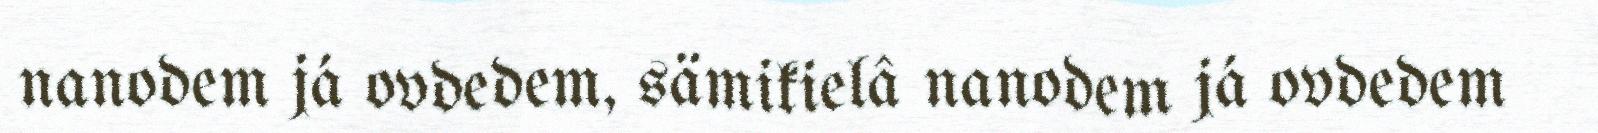
nanodem já ovdedem, sämikielâ nanodem já ovdedem